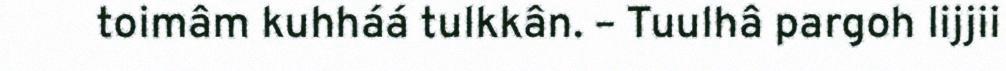
toimâm kuhháá tulkkân. – Tuulhâ pargoh lijjii